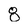
Character: 8